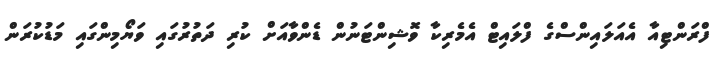
ފްރަންޓިއާ އެއަލައިންސްގެ ފްލައިޓް އެމެރިކާ ވޮޝިންޓަނުން ޑެންވާއަށް ކުރި ދަތުރުގައި ވަޔޯމިންގައި މަޑުކުރަން